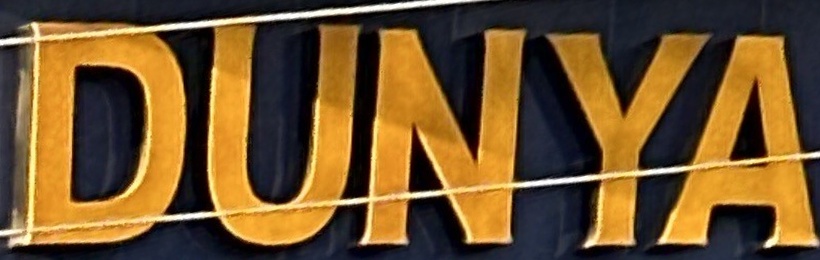
DUNYA